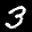
Label: 3